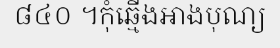
៨៤០ ។កុំឆ្មើងអាងបុណ្យ